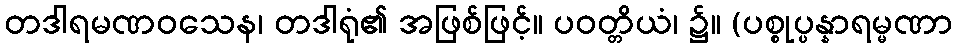
တဒါရမဏဝသေန၊ တဒါရုံ၏ အဖြစ်ဖြင့်။ ပဝတ္တိယံ၊ ၌။ (ပစ္စုပ္ပန္နာရမ္မဏာ